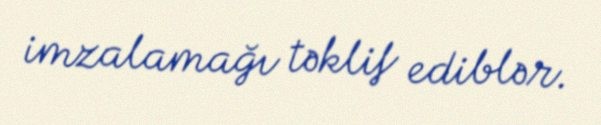
imzalamağı təklif ediblər.